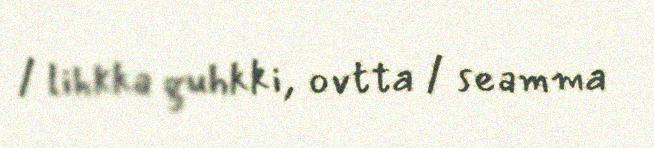
/ lihkka guhkki, ovtta / seamma